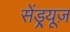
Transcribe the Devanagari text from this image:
सेंड्र्यूज़